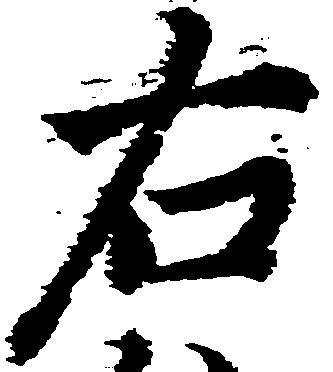
右